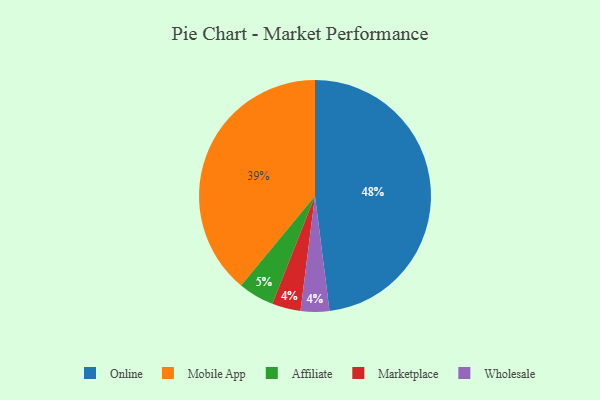
{"axis": {"x": "Category", "y": "Percentage"}, "legend": ["Affiliate", "Marketplace", "Mobile App", "Online", "Wholesale"], "data": [{"x": "Online", "y": 48, "type": "Online"}, {"x": "Mobile App", "y": 39, "type": "Mobile App"}, {"x": "Marketplace", "y": 4, "type": "Marketplace"}, {"x": "Affiliate", "y": 5, "type": "Affiliate"}, {"x": "Wholesale", "y": 4, "type": "Wholesale"}]}